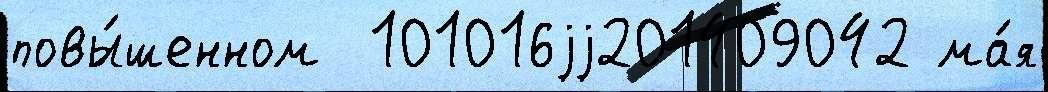
повы́шенном  101016jj201409042 ма́я